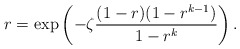
\begin{align*} r = \exp\left( -\zeta\frac{(1-r)(1-r^{k-1})}{1-r^k} \right). \end{align*}